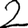
Digit: 2